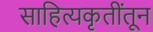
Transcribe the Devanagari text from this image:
साहित्यकृतींतून